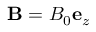
\mathbf { B } = B _ { 0 } \mathbf { e } _ { z }